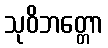
သုဝိဘတ္တော